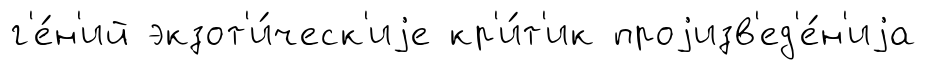
г'е́н'ий экзот'и́ческ'иjе кр'и́т'ик проjизв'ед'е́н'иjа